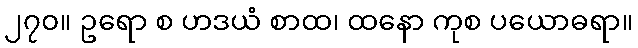
၂၇၀။ ဥရော စ ဟဒယံ စာထ၊ ထနော ကုစ ပယောဓရာ။